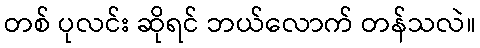
တစ် ပုလင်း ဆိုရင် ဘယ်လောက် တန်သလဲ။